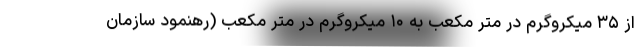
از ۳۵ میکروگرم در متر مکعب به ۱۰ میکروگرم در متر مکعب (رهنمود سازمان